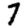
Digit: 7